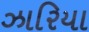
ઝારિયા